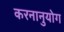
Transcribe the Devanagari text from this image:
करनानुयोग